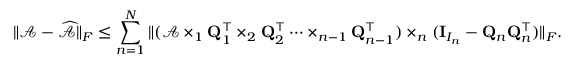
\| \mathcal { A } - \widehat { \mathcal { A } } \| _ { F } \leq \sum _ { n = 1 } ^ { N } \| ( \mathcal { A } \times _ { 1 } { \bf Q } _ { 1 } ^ { \top } \times _ { 2 } \mathbf { Q } _ { 2 } ^ { \top } \dots \times _ { n - 1 } \mathbf { Q } _ { n - 1 } ^ { \top } ) \times _ { n } ( \mathbf { I } _ { I _ { n } } - { \bf Q } _ { n } { \bf Q } _ { n } ^ { \top } ) \| _ { F } .